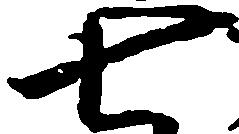
七